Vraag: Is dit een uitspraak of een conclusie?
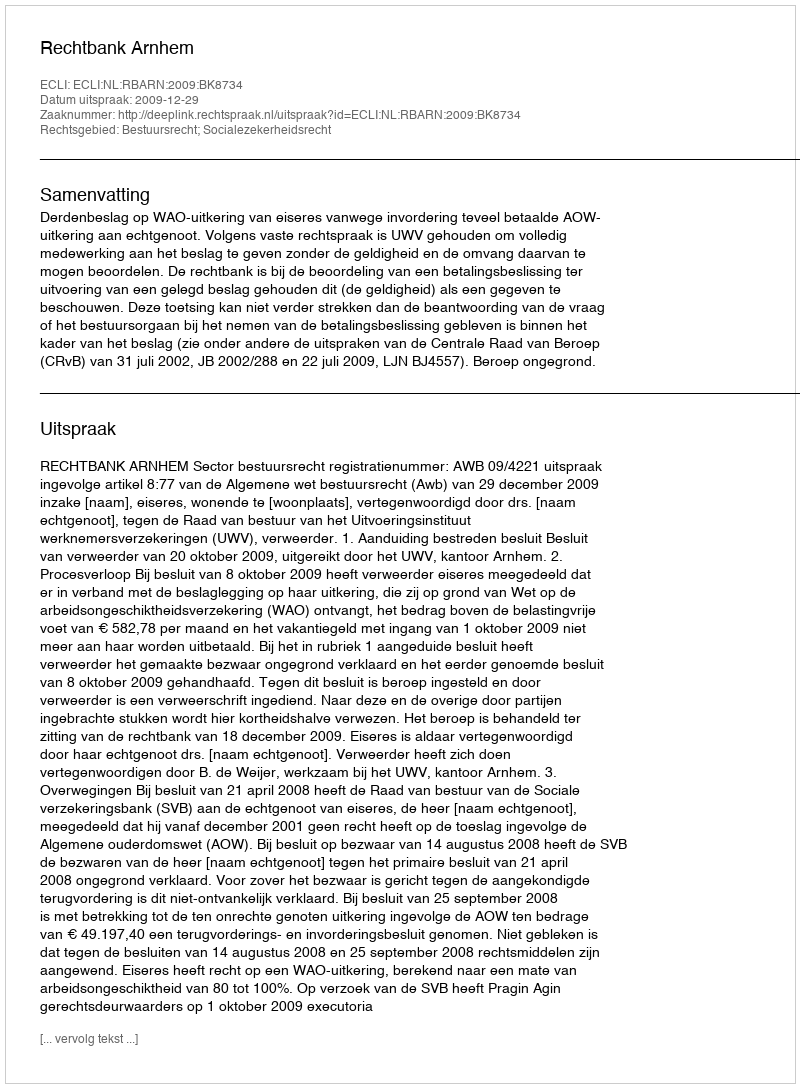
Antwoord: Uitspraak